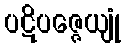
ပဋိပဇ္ဇေယျုံ